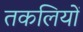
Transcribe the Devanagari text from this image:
तकलियों